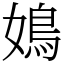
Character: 𡡅